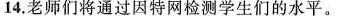
14.老师们将通过因特网检测学生们的水平.